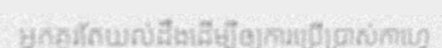
អ្នកគួរតែយល់ដឹងដើម្បីឲ្យការប្រើប្រាស់កាហ្វេ